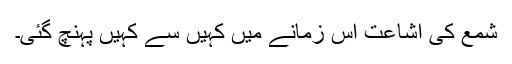
شمع کی اشاعت اس زمانے میں کہیں سے کہیں پہنچ گئی۔